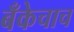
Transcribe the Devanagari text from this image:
बँकेचाच